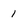
Character: 1